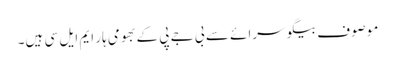
موصوف بیگو سرائے سے بی جے پی کے بھومی ہار ایم ایل سی ہیں۔